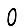
Digit: 0